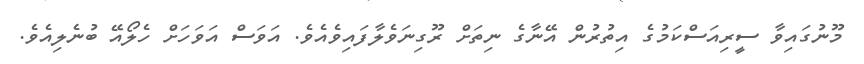
މޫނުގައިވާ ސީރިއަސްކަމުގެ އިތުރުން އޭނާގެ ނިތަށް ރޫގިނަވެލާފައިވެއެވެ. އަވަސް އަވަހަށް ހެލޯއޭ ބުނެލިއެވެ.